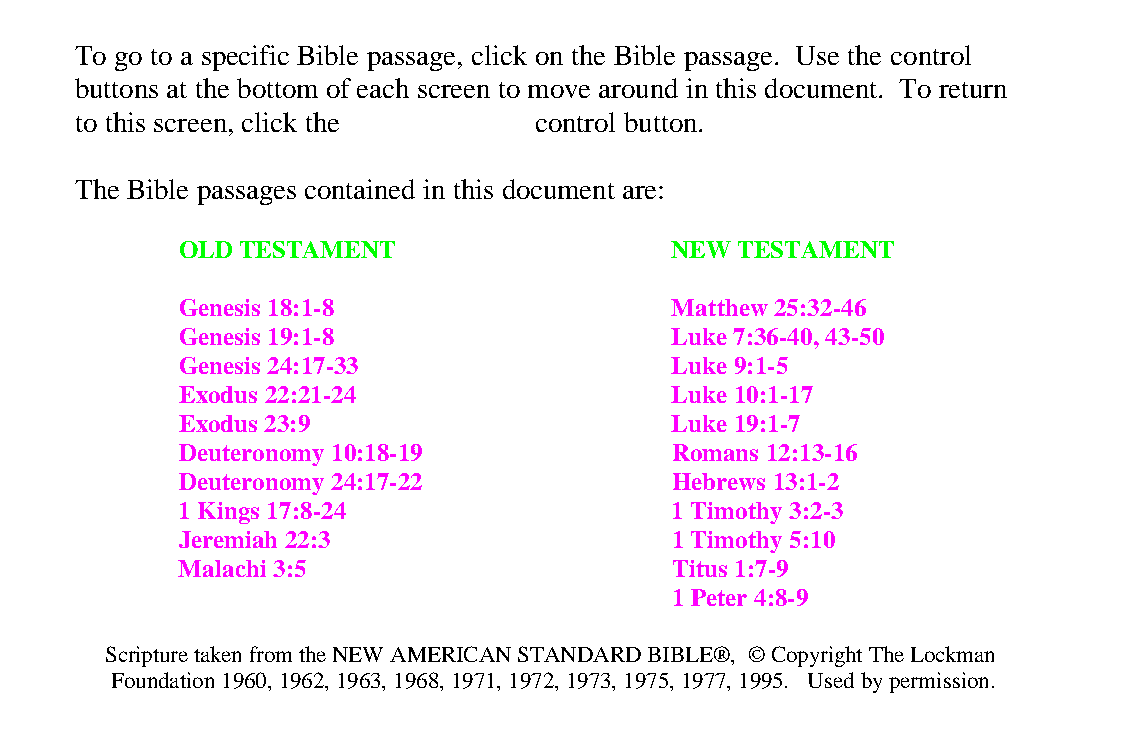
To go to a specific Bible passage, click on the Bible passage. Use the control
 buttons at the bottom of each screen to move around in this document. To return
 to this screen, click the     control button.
 The Bible passages contained in this document are:
 OLD TESTAMENT                   NEW  TESTAMENT
 Genesis 18:1-8                  Matthew 25:32-46
 Genesis 19:1-8                  Luke 7:36-40, 43-50
 Genesis 24:17-33                Luke 9:1-5
 Exodus 22:21-24                 Luke 10:1-17
 Exodus 23:9                     Luke 19:1-7
 Deuteronomy 10:18-19            Romans 12:13-16
 Deuteronomy 24:17-22            Hebrews 13:1-2
 1 Kings 17:8-24                 1 Timothy 3:2-3
 Jeremiah 22:3                   1 Timothy 5:10
 Malachi 3:5                     Titus 1:7-9
 1 Peter 4:8-9
 Scripture taken from the NEW AMERICAN STANDARD BIBLE®, © Copyright The Lockman
 Foundation 1960, 1962, 1963, 1968, 1971, 1972, 1973, 1975, 1977, 1995. Used by permission.